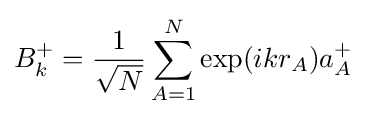
B_{k}^{+}={1 \over {\sqrt {N}}}\sum \limits _{A=1}^{N}\exp(ikr_{A})a_{A}^{+}